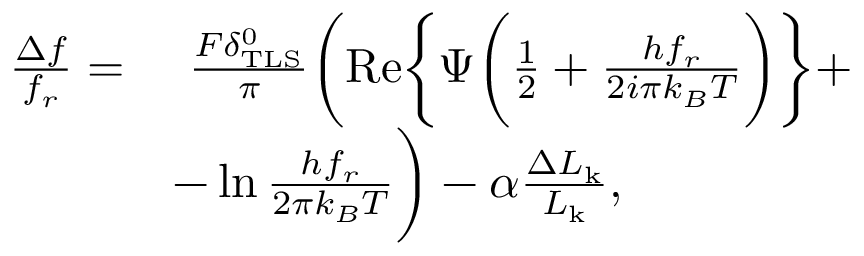
\begin{array} { r l } { \frac { \Delta f } { f _ { r } } = } & { ~ \frac { F \delta _ { \mathrm { T L S } } ^ { 0 } } { \pi } \bigg ( \mathrm { R e } \bigg \{ \Psi \bigg ( \frac { 1 } { 2 } + \frac { h f _ { r } } { 2 i \pi k _ { B } T } \bigg ) \bigg \} + } \\ & { - \ln { \frac { h f _ { r } } { 2 \pi k _ { B } T } } \bigg ) - \alpha \frac { \Delta L _ { \mathrm { k } } } { L _ { \mathrm { k } } } , } \end{array}